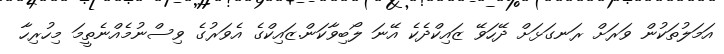
އަމަލުތަކުން ވަރަށް ރަނގަޅަށް ދޭހަވޭ ޒައިކްދެކެ އޭނަ ލޯބިވާކަން.ޒައިކްގެ އެވަރުގެ ވިސްނުމެއްނެތީމަ މިހުރިހާ